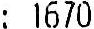
: 1670